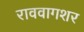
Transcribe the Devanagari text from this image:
राववागशर